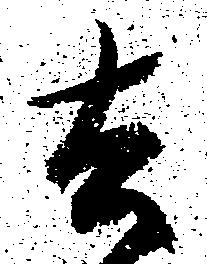
去